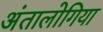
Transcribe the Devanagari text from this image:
अंतालोगिया